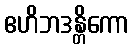
ဧဟိဘဒန္တိကော